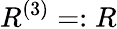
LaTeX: R^{(3)}=:R